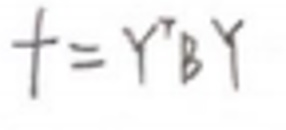
$f = Y ^ { T } B Y$